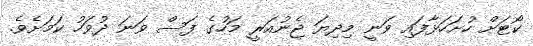
ކޯޓަށް ހުށަހަޅާފައި ވަނީ މިދިޔަ ޖެނުއަރީ މަހުގެ ފަސް ވަނަ ދުވަހު ކަމަށެވެ.